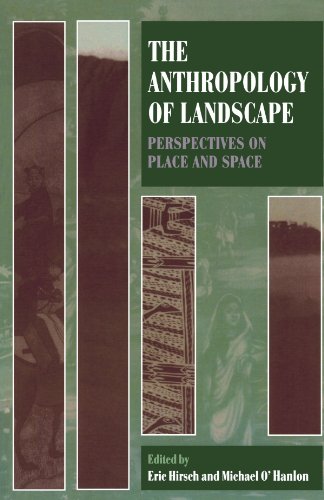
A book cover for The Anthropology of Landscape: Perspectives on Place and Space (Oxford Studies in Social and Cultural Anthropology); Medical Books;